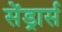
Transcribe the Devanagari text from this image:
सेंड्रार्स